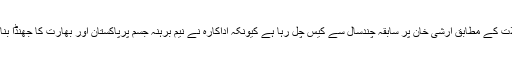
تفصیلات کے مطابق ارشی خان پر سابقہ چندسال سے کیس چل رہا ہے کیونکہ اداکارہ نے نیم برہنہ جسم پرپاکستان اور بھارت کا جھنڈا بنایا تھا ۔